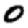
Digit: 0